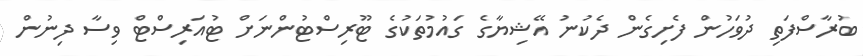
ބުރާސްފަތި ދުވަހުން ފެށިގެން ދެކުނު އޭޝިޔާގެ ގައުމުތަކުގެ ޓޫރިސްޓުންނަށް ޓުއަރިސްޓް ވިސާ ދިނުން